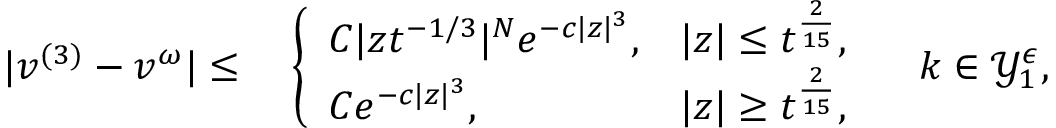
\begin{array} { r l } { | v ^ { ( 3 ) } - v ^ { \omega } | \leq } & { \; \left\{ \begin{array} { l l } { C | z t ^ { - 1 / 3 } | ^ { N } e ^ { - c | z | ^ { 3 } } , } & { | z | \leq t ^ { \frac { 2 } { 1 5 } } , } \\ { C e ^ { - c | z | ^ { 3 } } , } & { | z | \geq t ^ { \frac { 2 } { 1 5 } } , } \end{array} \right. \quad k \in \mathcal { Y } _ { 1 } ^ { \epsilon } , } \end{array}